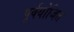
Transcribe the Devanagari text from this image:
पूर्वयोजित